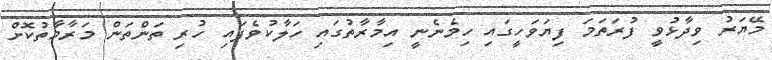
މޭޔަރު ވިދާޅުވީ ފުރަތަމަ ފިޔަވަހީގައި ހިމެނެނީ އިމާރާތުގައި ހަލާކުވެފައި ހުރި ތަންތަން މަރާމާތުކޮށް